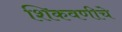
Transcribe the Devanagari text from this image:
शिकवणीचे